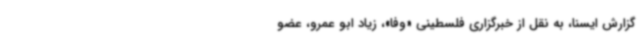
گزارش ایسنا، به نقل از خبرگزاری فلسطینی «وفا»، زیاد ابو عمرو، عضو